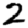
Digit: 2